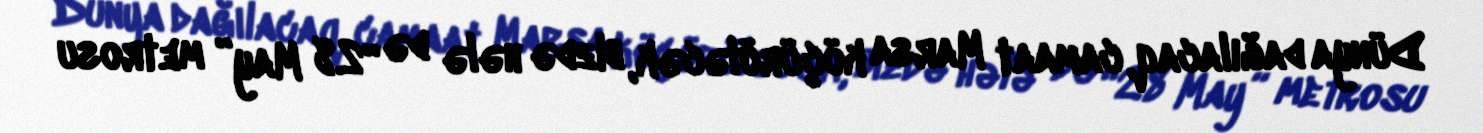
Dünya dağılacaq, camaat Marsa köçürüləcək, bizdə hələ də “28 May” metrosu